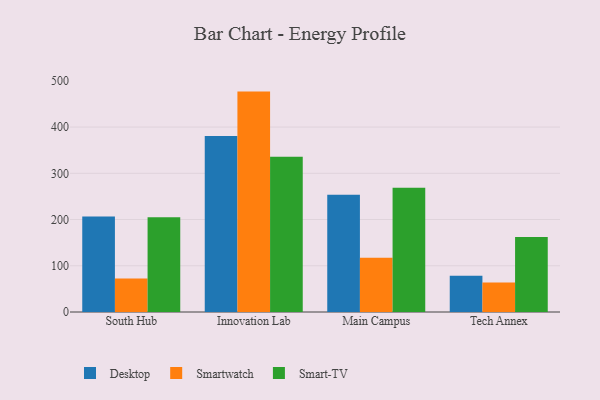
{"axis": {"x": "Campus", "y": "Headcount"}, "legend": ["Desktop", "Smart-TV", "Smartwatch"], "data": [{"x": "South Hub", "y": 206.6, "type": "Desktop"}, {"x": "South Hub", "y": 72.3, "type": "Smartwatch"}, {"x": "South Hub", "y": 205.2, "type": "Smart-TV"}, {"x": "Innovation Lab", "y": 380.7, "type": "Desktop"}, {"x": "Innovation Lab", "y": 476.7, "type": "Smartwatch"}, {"x": "Innovation Lab", "y": 335.8, "type": "Smart-TV"}, {"x": "Main Campus", "y": 253.8, "type": "Desktop"}, {"x": "Main Campus", "y": 117.4, "type": "Smartwatch"}, {"x": "Main Campus", "y": 268.6, "type": "Smart-TV"}, {"x": "Tech Annex", "y": 78.4, "type": "Desktop"}, {"x": "Tech Annex", "y": 63.6, "type": "Smartwatch"}, {"x": "Tech Annex", "y": 162.1, "type": "Smart-TV"}]}